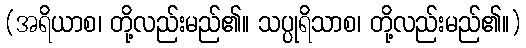
(အရိယာစ၊ တို့လည်းမည်၏။ သပ္ပုရိသာစ၊ တို့လည်းမည်၏။)